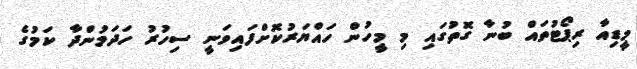
މީޑިއާ ރިޕޯޓުތައް ބުނާ ގޮތުގައި މި މީހުން ހައްޔަރުކޮށްފައިވަނީ ސިހުރު ހަދަމުންދާ ކަމުގެ